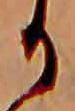
か